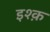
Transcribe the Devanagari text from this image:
इश्‍क़